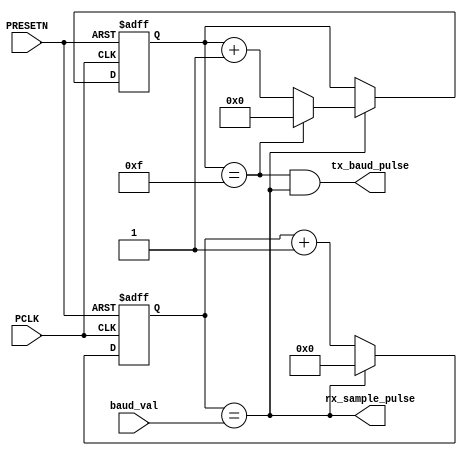
//==============================================================||
// Description: 						||
//	      		UART baud clock generation 		||
// History:   		2019.04.26				||
//                      First version				||
//===============================================================

module baud_clk_gen (
input        	PCLK,
input        	PRESETN,
input [12:0] 	baud_val,
output 		tx_baud_pulse,
output 		rx_sample_pulse
);

reg [12:0] baud_cnt;

always @ (posedge PCLK or negedge PRESETN)
begin
	if(!PRESETN)
	begin
		baud_cnt <= 13'h0;
	end
	else
	begin
		if(rx_sample_pulse)
		begin
			baud_cnt <= 13'h0;	
		end
		else
		begin
			baud_cnt <= baud_cnt + 13'h1;
		end
	end
end

assign rx_sample_pulse = (baud_cnt == baud_val);

reg[3:0] tx_cnt;
wire tx_pulse_en = tx_cnt == 4'hf;
always @ (posedge PCLK or negedge PRESETN)
begin
	if(!PRESETN)
	begin
		tx_cnt <= 4'h0;
	end
	else
	begin
		if(rx_sample_pulse)
		begin
			if(tx_pulse_en)
			begin
				tx_cnt <= 4'h0;
			end
			else
			begin
				tx_cnt <= tx_cnt + 4'h1;
			end
		end
	end
end

assign tx_baud_pulse = tx_pulse_en && rx_sample_pulse;

endmodule